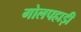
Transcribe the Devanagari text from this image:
गोलपहाड़ी